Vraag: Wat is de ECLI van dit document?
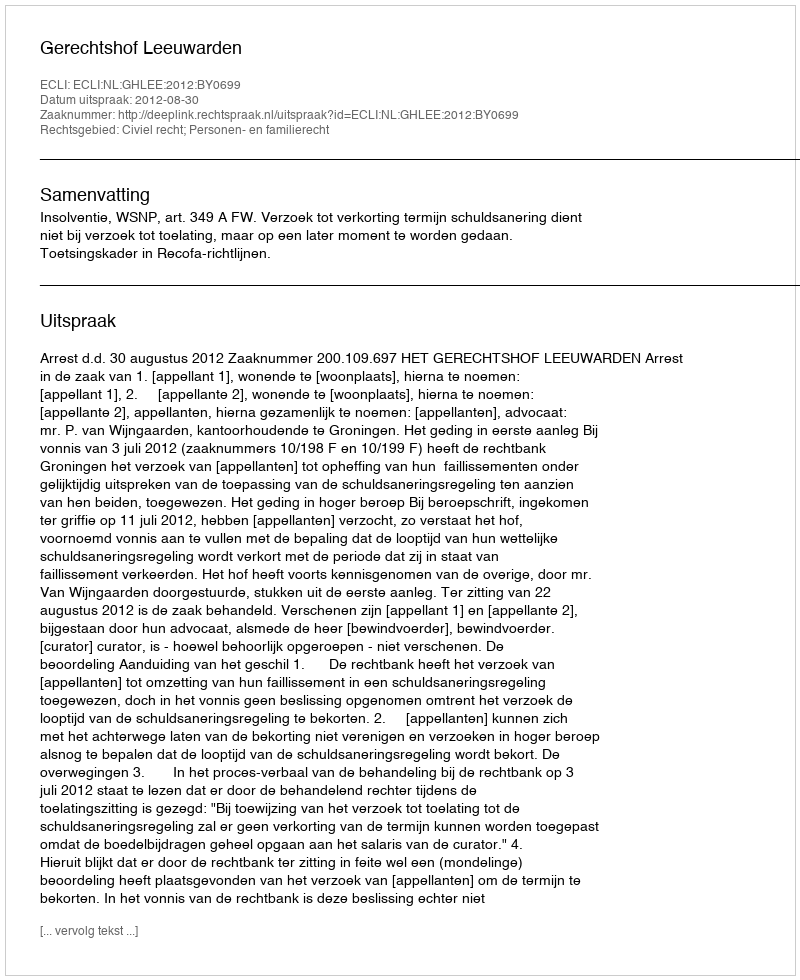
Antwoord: ECLI:NL:GHLEE:2012:BY0699